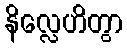
နိလ္လေဟိတွာ